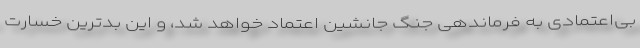
بی‌اعتمادی به فرماندهی جنگ جانشین اعتماد خواهد شد، و این بدترین خسارت